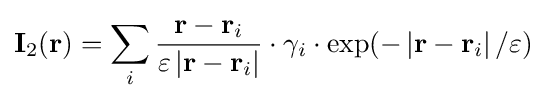
\mathbf {I} _{2}(\mathbf {r} )=\sum \limits _{i}{\dfrac {\mathbf {r} -\mathbf {r} _{i}}{\varepsilon \left|\mathbf {r} -\mathbf {r} _{i}\right|}}\cdot \gamma _{i}\cdot \exp(-\left|\mathbf {r} -\mathbf {r} _{i}\right|/\varepsilon )